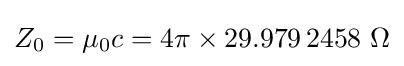
Z_{0}=\mu _{0}c=4\pi \times 29.979\,2458~\Omega